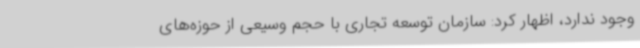
وجود ندارد، اظهار کرد: سازمان توسعه تجاری با حجم وسیعی از حوزه‌های